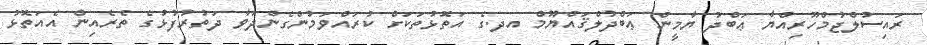
ރައިސުލްޖުމްހޫރިއްޔާ ޢަބްދު ޔާމީން ޢަބްދުލްޤައްޔޫމް އދ.ގެ އަތޮޅުތަކަށް ކުރައްވަމުންގެންދަވާ ދަތުރުފުޅުގެ ތެރެއިން އެއަތޮޅު